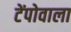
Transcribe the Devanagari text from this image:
टेंपोवाला